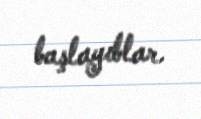
başlayıblar.